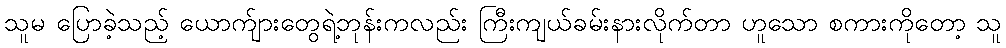
သူမ ပြောခဲ့သည့် ယောက်ျားတွေရဲ့ဘုန်းကလည်း ကြီးကျယ်ခမ်းနားလိုက်တာ ဟူသော စကားကိုတော့ သူ